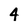
Character: 4